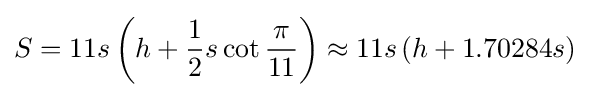
S=11s\left(h+{\frac {1}{2}}s\cot {\frac {\pi }{11}}\right)\approx 11s\left(h+1.70284s\right)